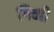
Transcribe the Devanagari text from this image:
गिब्बी